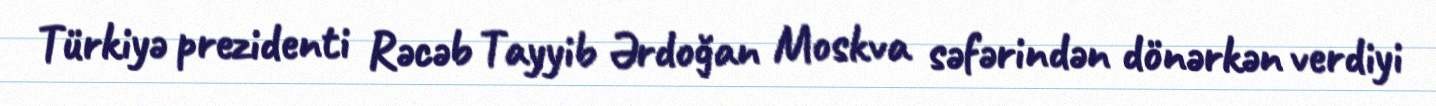
Türkiyə prezidenti Rəcəb Tayyib Ərdoğan Moskva səfərindən dönərkən verdiyi